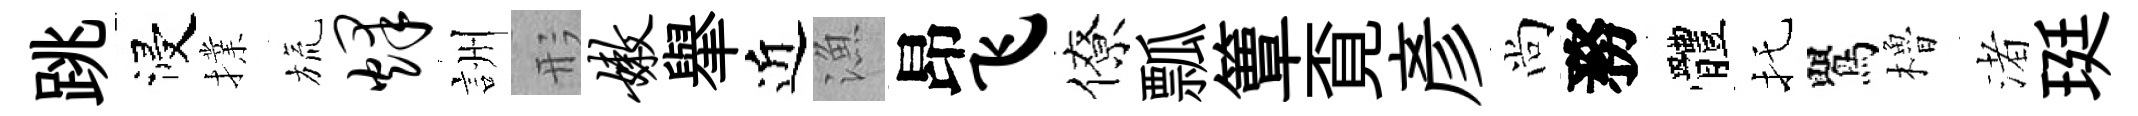
跳浸擈旒烽詶形嫩𦦙近漁昂飞僚瓢簟覔彥尚務體托鸎櫓渚珽